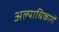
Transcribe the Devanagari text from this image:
अल्पाधिकारों